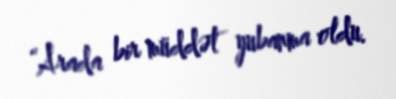
“Arada bir müddət yubanma oldu.